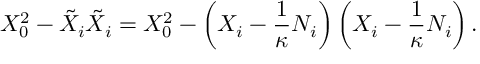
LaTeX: X _ { 0 } ^ { 2 } - \tilde { X } _ { i } \tilde { X } _ { i } = X _ { 0 } ^ { 2 } - \left( X _ { i } - \frac 1 \kappa N _ { i } \right) \left( X _ { i } - \frac 1 \kappa N _ { i } \right) .